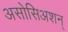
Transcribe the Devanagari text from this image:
असोसिअशन्